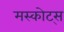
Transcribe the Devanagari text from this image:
मस्कोट्स